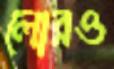
লোরও